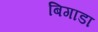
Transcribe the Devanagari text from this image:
बिगाडा